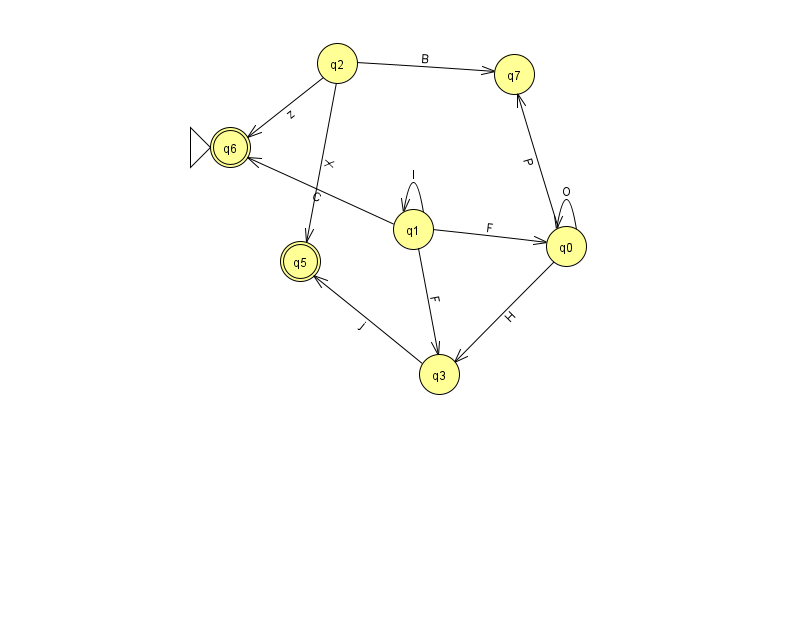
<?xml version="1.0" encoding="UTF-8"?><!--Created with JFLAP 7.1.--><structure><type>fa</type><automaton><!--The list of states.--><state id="0" name="q0"><x>566.0</x><y>233.0</y></state><state id="1" name="q1"><x>413.0</x><y>216.0</y></state><state id="2" name="q2"><x>337.0</x><y>50.0</y></state><state id="3" name="q3"><x>439.0</x><y>361.0</y></state><state id="5" name="q5"><x>300.0</x><y>248.0</y><final/></state><state id="6" name="q6"><x>230.0</x><y>134.0</y><initial/><final/></state><state id="7" name="q7"><x>514.0</x><y>61.0</y></state><!--The list of transitions.--><transition><from>1</from><to>0</to><read>F</read></transition><transition><from>1</from><to>6</to><read>C</read></transition><transition><from>0</from><to>3</to><read>H</read></transition><transition><from>2</from><to>7</to><read>B</read></transition><transition><from>0</from><to>7</to><read>P</read></transition><transition><from>3</from><to>5</to><read>j</read></transition><transition><from>2</from><to>5</to><read>X</read></transition><transition><from>1</from><to>1</to><read>I</read></transition><transition><from>1</from><to>3</to><read>F</read></transition><transition><from>2</from><to>6</to><read>z</read></transition><transition><from>0</from><to>0</to><read>O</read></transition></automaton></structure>